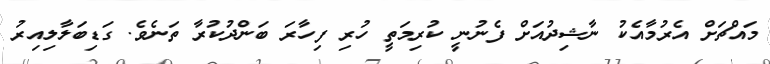
މައްޗަށް އެރުމާއެކު ނާޝިދުއަށް ފެނުނީ ކުރިމަތީ ހުރި ފިހާރަ ބަންދުކުރާ ތަނެވެ. ގަޑިބަލާލިއިރު